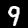
Digit: 9